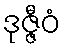
ဒုဇ္ဇီဝံ